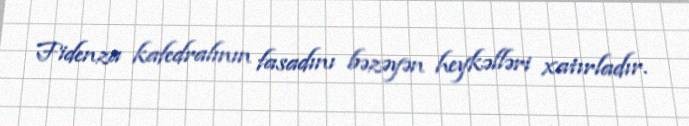
Fidenza kafedralının fasadını bəzəyən heykəlləri xatırladır.